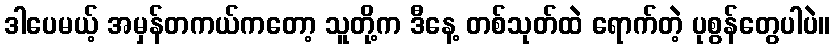
ဒါပေမယ့် အမှန်တကယ်ကတော့ သူတို့က ဒီနေ့ တစ်သုတ်ထဲ ရောက်တဲ့ ပုစွန်တွေပါပဲ။